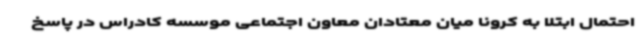
احتمال ابتلا به کرونا میان معتادان معاون اجتماعی موسسه کادراس در پاسخ